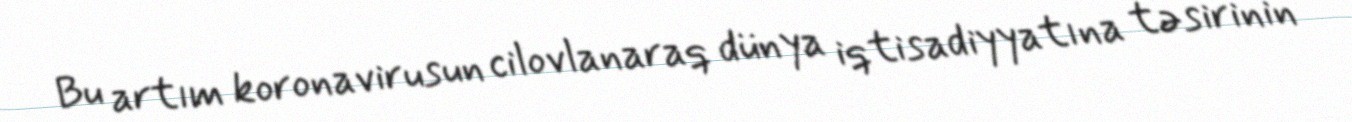
Bu artım koronavirusun cilovlanaraq dünya iqtisadiyyatına təsirinin